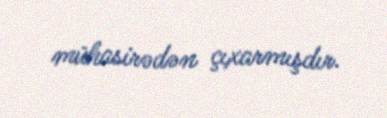
mühasirədən çıxarmışdır.